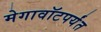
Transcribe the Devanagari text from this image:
मेगावॉटपर्यंत